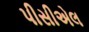
પીસીએલ